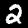
Label: 2